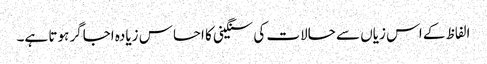
الفاظ کے اس زیاں سے حالات کی سنگینی کا احساس زیادہ اجاگر ہوتا ہے۔